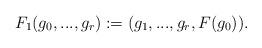
LaTeX: \begin{align*}F_1(g_0,...,g_r):=(g_1,...,g_r, F(g_0)).\end{align*}